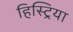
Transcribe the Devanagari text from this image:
हिस्ट्रिया